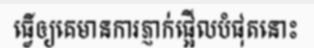
ធ្វើឲ្យគេមានការភ្ញាក់ផ្អើលបំផុតនោះ